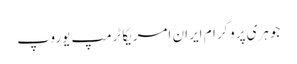
جوہری پروگرام ایران امریکا ٹرمپ یوروپ